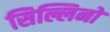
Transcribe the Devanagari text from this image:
सिल्लिनो